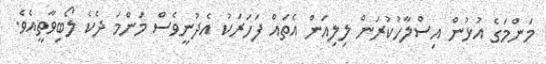
މަންމަގެ އުޅުން އިސްލާހުކުރަން ލިލިއަން އެތައް ފަހަރަކު އެދުނީވެސް މަންމަ ދެކެ ލޯބިވާތީއެވެ.